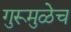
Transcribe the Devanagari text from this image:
गुरूमुळेच